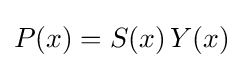
P(x)=S(x)\,Y(x)